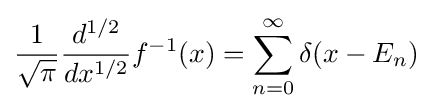
{\frac {1}{\sqrt {\pi }}}{\frac {d^{1/2}}{dx^{1/2}}}f^{-1}(x)=\sum _{n=0}^{\infty }\delta (x-E_{n})